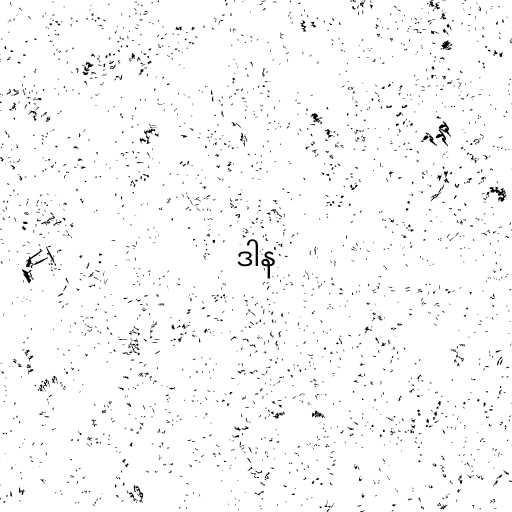
ဒါန